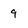
Character: 9